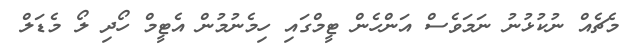
މެޗެއް ނުކުޅުނު ނަމަވެސް އަންހެން ޓީމްގައި ހިމެނުމުން އެޓީމް ހޯދި ލޯ މެޑަލް